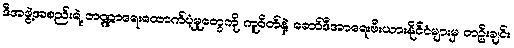
ဒီအဖွဲ့အစည်းရဲ့ ဘဏ္ဍာရေးထောက်ပံ့မှုတွေကို ကူဝိတ်နဲ့ ဆော်ဒီအာရေးဗီးယားနိုင်ငံများမှ တဦးချင်း